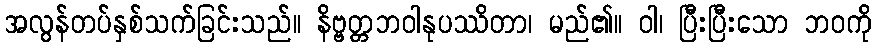
အလွန်တပ်နှစ်သက်ခြင်းသည်။ နိဗ္ဗတ္တဘဝါနုပဿိတာ၊ မည်၏။ ဝါ၊ ပြီးပြီးသော ဘဝကို